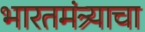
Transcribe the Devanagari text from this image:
भारतमंत्र्याचा